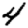
Digit: 4